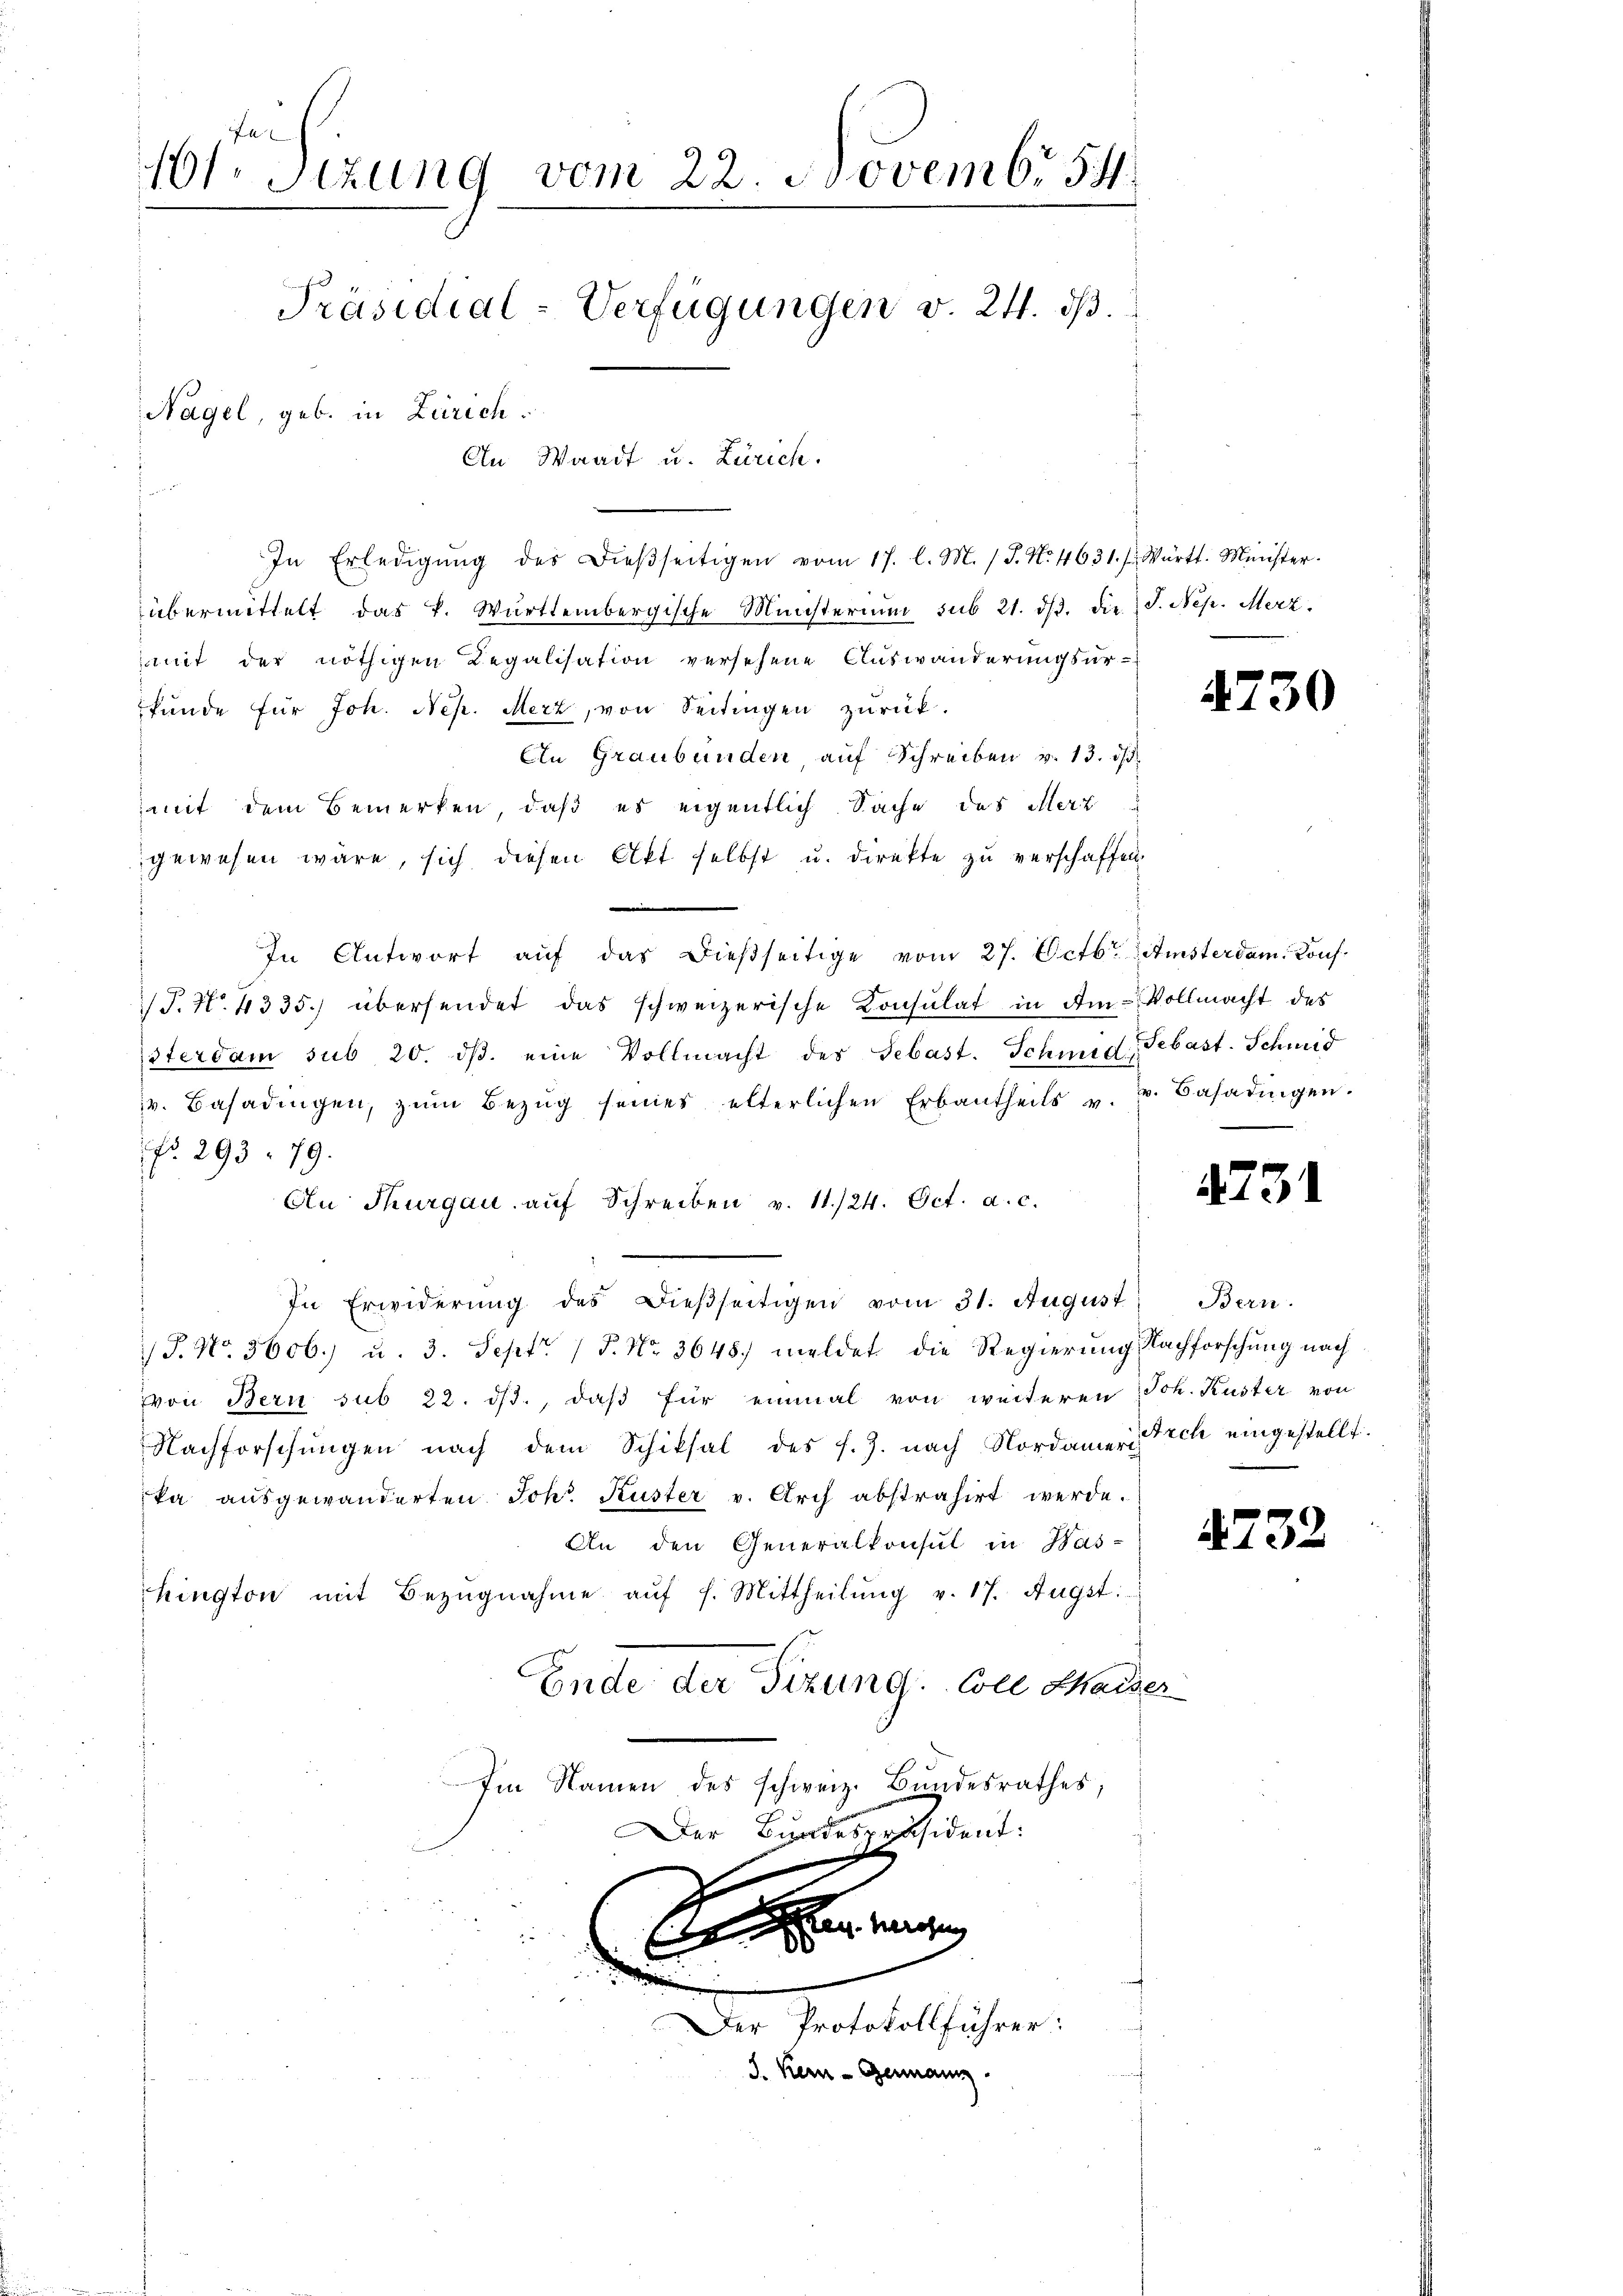
101 Sizung vom 22 Novembr 54.
Präsidial-Verfügungen v. 24. ds.
Nagel, geb. in Zürich.
An Waadt u. Zürich.

In Erledigŭng des dieβseitigen vom 17. l. M. J. No. 4631. f. Württ. Minister-
übermittelt das k. Württembergische Münsterium sub 21. dβ. die J. Nep. Merz
mit der nöthigen Regalisation versehene Auswanderungsurfunde für Joh. Nep. Merz, von Seitingen zurück.
An Graubünden auf Schreiben v. 13. ds.
mit dem Bemerken, daß es eigentlich Sache des Merz
gewesen wäre, sich diesen Akt selbst u. direkte zu verschaffen
In Antwort aŭf das dießseitige vom 27. Octbr. Amsterdam. Kons.
T. No. 4335.) übersendet das schweizerische Konsulat in Am Vollmacht des
sterdam sub 20. dβ. eine Vollmacht des Sebast. Schmid, Sebast. Schwid
v. Basadingen, zŭm Bezŭg seines elterlichen Erbantheils u. v. Basadingen.
No. 293. 79.
An Thurgau aŭf Schreiben v. 11./24. Oct. a. c.

In Erwiderŭng des Dieβseitigen vom 31. August Bern.
/J. No. 3606) u. 3. Sept. 1 P. Nr. 3648. meldet die Regierung Nachforschung nach
von Bern sub 22. ds., daß für einmal von weiteren Joh. Kuster von
Nachforschungen nach dem Schiksal des J. J. nach Nordamer Dich eingestellt.
ka ausgewanderten Joh. Kuster v. Arch abstrahirt werde.
An den Generalkonsul in Was-
hington mit Bezŭgnahme aŭf s. Mittheilŭng v. 17. Augst.
Ende der Sizung: Coll Maiser
Im Namen des schweiz. Bundesrathes;
Der Bundespräsident:

i

Der Protokollführer:
J. Kern - Germann.

4730

1731

4732